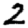
Digit: 2